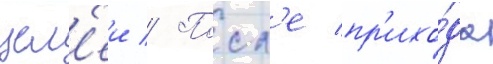
цел'еи // Посл'е пр'ихо́да